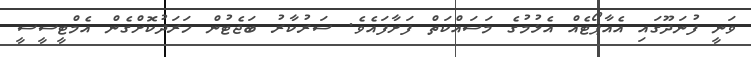
ވަނީ ފުނަދޫގައި އެއާޕޯޓެއް އެޅުމުގެ މަސައްކަތް ފަށާފައެވެ. ސަރުކާރު ބަޖެޓުން ހަރަދުކޮށްގެން އެމްޓީސީސީ